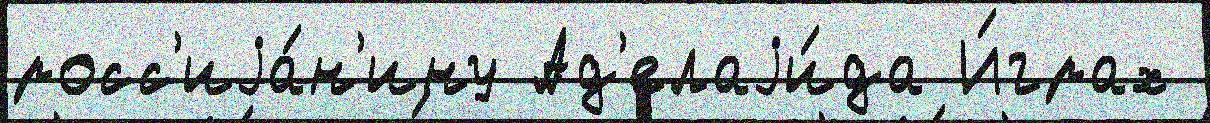
росс'иjа́н'ину Ад'елаjи́да И́грах